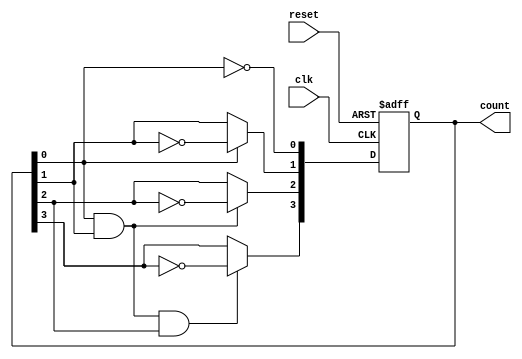
module ripple_counter (
    input wire clk,        // Clock input
    input wire reset,      // Asynchronous reset input
    output reg [3:0] count // 4-bit binary count output
);

// Always block triggered on the rising edge of the clock or on reset
always @(posedge clk or posedge reset) begin
    if (reset) begin
        count <= 4'b0000; // Reset the count to zero
    end else begin
        count[0] <= ~count[0]; // Toggle LSB
        count[1] <= count[0] ? ~count[1] : count[1]; // Toggle next bit on LSB falling edge
        count[2] <= (count[0] && count[1]) ? ~count[2] : count[2]; // Toggle next bit on both LSB and 2nd bit falling edge
        count[3] <= (count[0] && count[1] && count[2]) ? ~count[3] : count[3]; // Toggle MSB on all lower bits falling edge
    end
end

endmodule